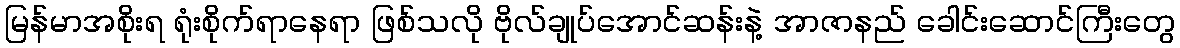
မြန်မာအစိုးရ ရုံးစိုက်ရာနေရာ ဖြစ်သလို ဗိုလ်ချုပ်အောင်ဆန်းနဲ့ အာဇာနည် ခေါင်းဆောင်ကြီးတွေ